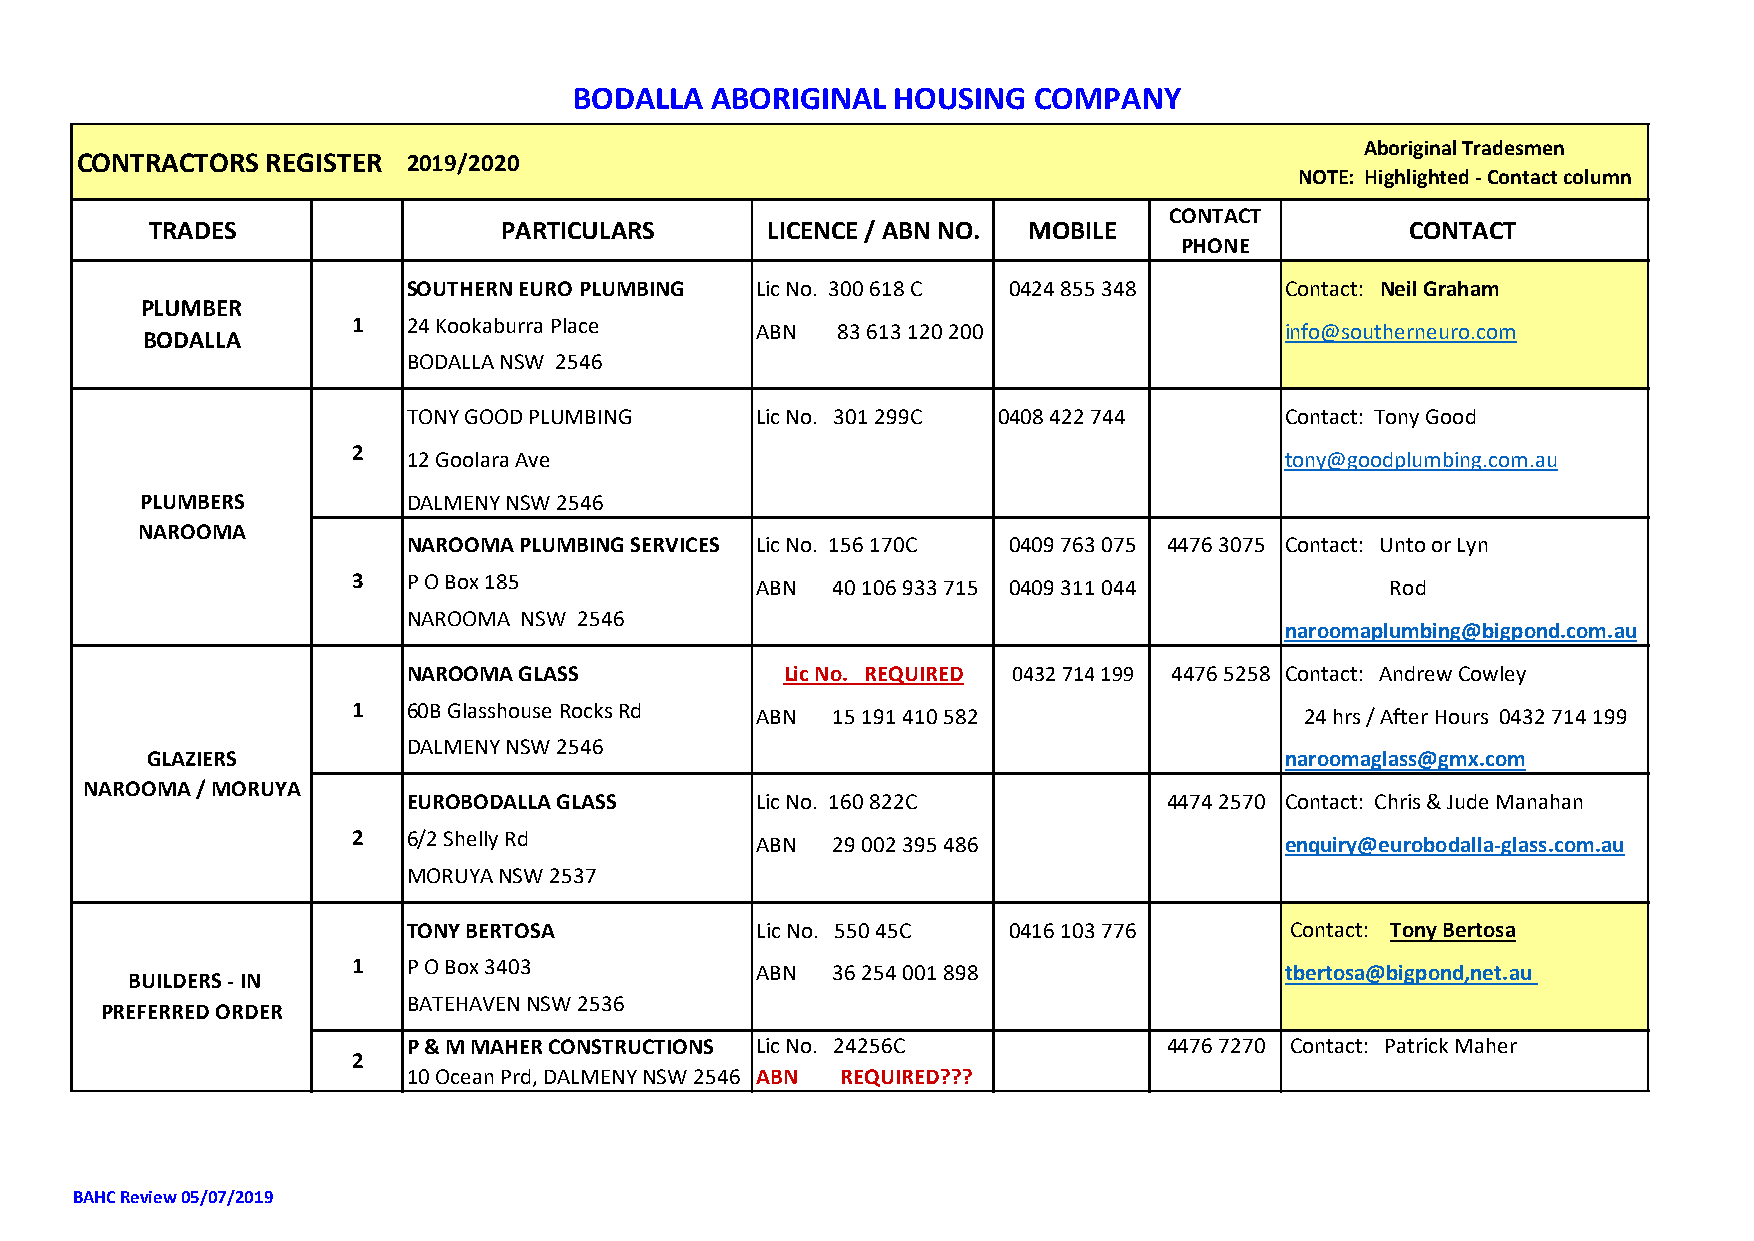
BODALLA  ABORIGINAL  HOUSING  COMPANY
 ABN 94 001 555 344
 Aboriginal Tradesmen
 CONTRACTORS  REGISTER 2019/2020
 NOTE: Highlighted - Contact column
 CONTACT
 TRADES                 PARTICULARS       LICENCE / ABN NO. MOBILE                  CONTACT
 PHONE
 SOUTHERN EURO PLUMBING Lic No. 300 618 C 0424 855 348     Contact: Neil Graham
 PLUMBER
 1   24 Kookaburra Place    ABN  83 613 120 200                info@southerneuro.com
 BODALLA
 BODALLA NSW 2546
 TONY GOOD PLUMBING     Lic No. 301 299C 0408 422 744      Contact: Tony Good
 2   12 Goolara Ave                                            tony@goodplumbing.com.au
 PLUMBERS          DALMENY NSW 2546
 NAROOMA
 NAROOMA PLUMBING SERVICES Lic No. 156 170C 0409 763 075 4476 3075 Contact: Unto or Lyn
 3   P O Box 185            ABN  40 106 933 715 0409 311 044          Rod
 NAROOMA NSW 2546
 naroomaplumbing@bigpond.com.au
 NAROOMA GLASS            Lic No. REQUIRED 0432 714 199 4476 5258 Contact: Andrew Cowley
 1   60B Glasshouse Rocks Rd ABN 15 191 410 582                 24 hrs / After Hours 0432 714 199
 DALMENY NSW 2546
 GLAZIERS                                                                   naroomaglass@gmx.com
 NAROOMA / MORUYA
 EUROBODALLA GLASS      Lic No. 160 822C           4474 2570 Contact: Chris & Jude Manahan
 2   6/2 Shelly Rd          ABN  29 002 395 486                enquiry@eurobodalla-glass.com.au
 MORUYA NSW 2537
 TONY BERTOSA           Lic No. 550 45C  0416 103 776      Contact: Tony Bertosa
 1   P O Box 3403           ABN  36 254 001 898                tbertosa@bigpond,net.au
 BUILDERS - IN
 BATEHAVEN NSW 2536
 PREFERRED ORDER
 P & M MAHER CONSTRUCTIONS Lic No. 24256C          4476 7270 Contact: Patrick Maher
 2
 10 Ocean Prd, DALMENY NSW 2546 ABN REQUIRED???
 BAHC Review 05/07/2019